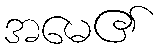
အမေ၏